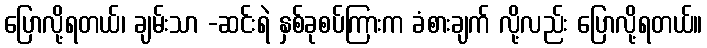
ပြောလို့ရတယ်၊ ချမ်းသာ -ဆင်းရဲ နှစ်ခုစပ်ကြားက ခံစားချက် လို့လည်း ပြောလို့ရတယ်။